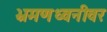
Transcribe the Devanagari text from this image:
भ्रमणध्वनीवर